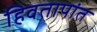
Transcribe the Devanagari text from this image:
हिवतापांत